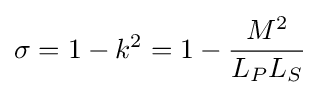
\sigma =1-k^{2}=1-{\frac {M^{2}}{L_{P}L_{S}}}